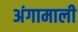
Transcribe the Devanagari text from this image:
अंगामाली